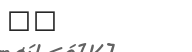
٣٧